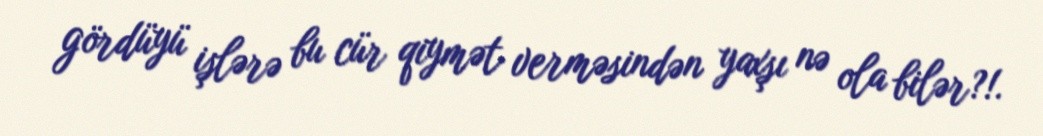
gördüyü işlərə bu cür qiymət verməsindən yaxşı nə ola bilər?!.